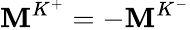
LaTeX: \mathbf{M}^{K^{+}}=-\mathbf{M}^{K^{-}}